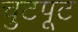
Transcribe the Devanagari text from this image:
चुटपूट